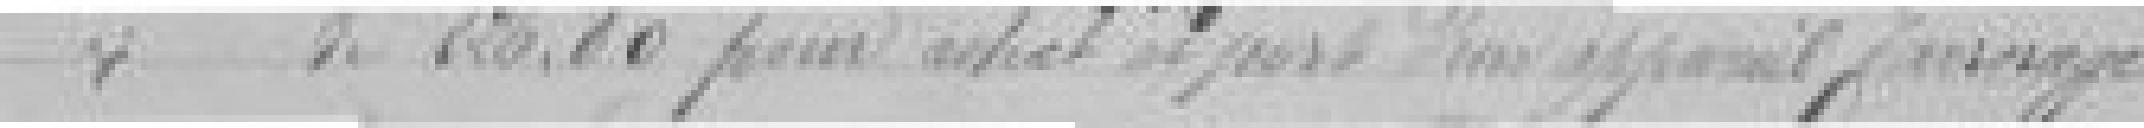
* de 226,80 pour achat et pose d'un appareil ???